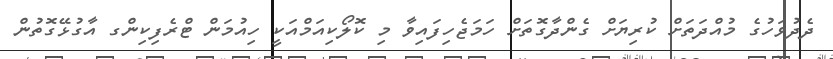
ދެދުވަހުގެ މުއްދަތަށް ކުރިޔަށް ގެންދާގޮތަށް ހަމަޖެހިފައިވާ މި ކޮލޯކިއަމްއަކީ ހިއުމަން ޓްރެފިކިންގ އާގުޅޭގޮތުން